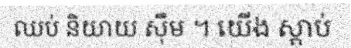
ឈប់ និយាយ ស៊ឹម ។ យើង ស្តាប់